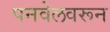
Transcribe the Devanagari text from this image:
पनवेलवरून